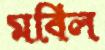
মবিল